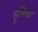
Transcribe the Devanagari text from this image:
हुमिशा